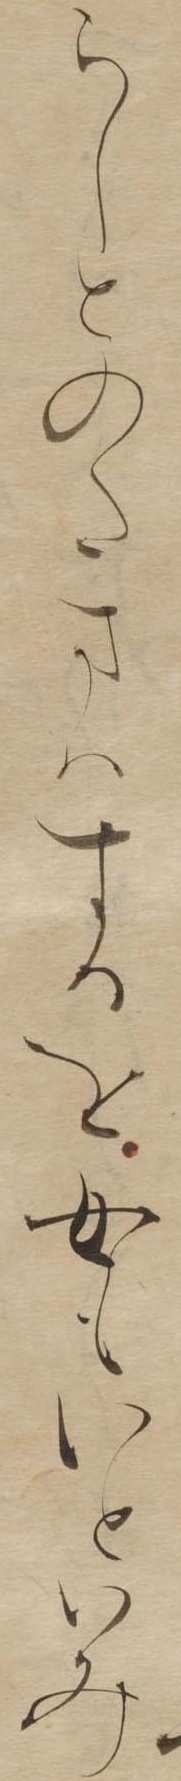
らしとのたまはするを女もいといみ